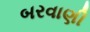
બરવાણી